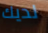
لديك